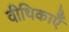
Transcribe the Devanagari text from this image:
वीथिकाएँ